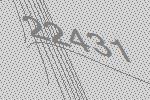
22431